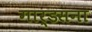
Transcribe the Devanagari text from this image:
गार्डसना